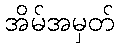
အိမ်အမှတ်